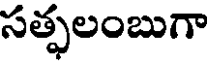
సత్ఫలంబుగా